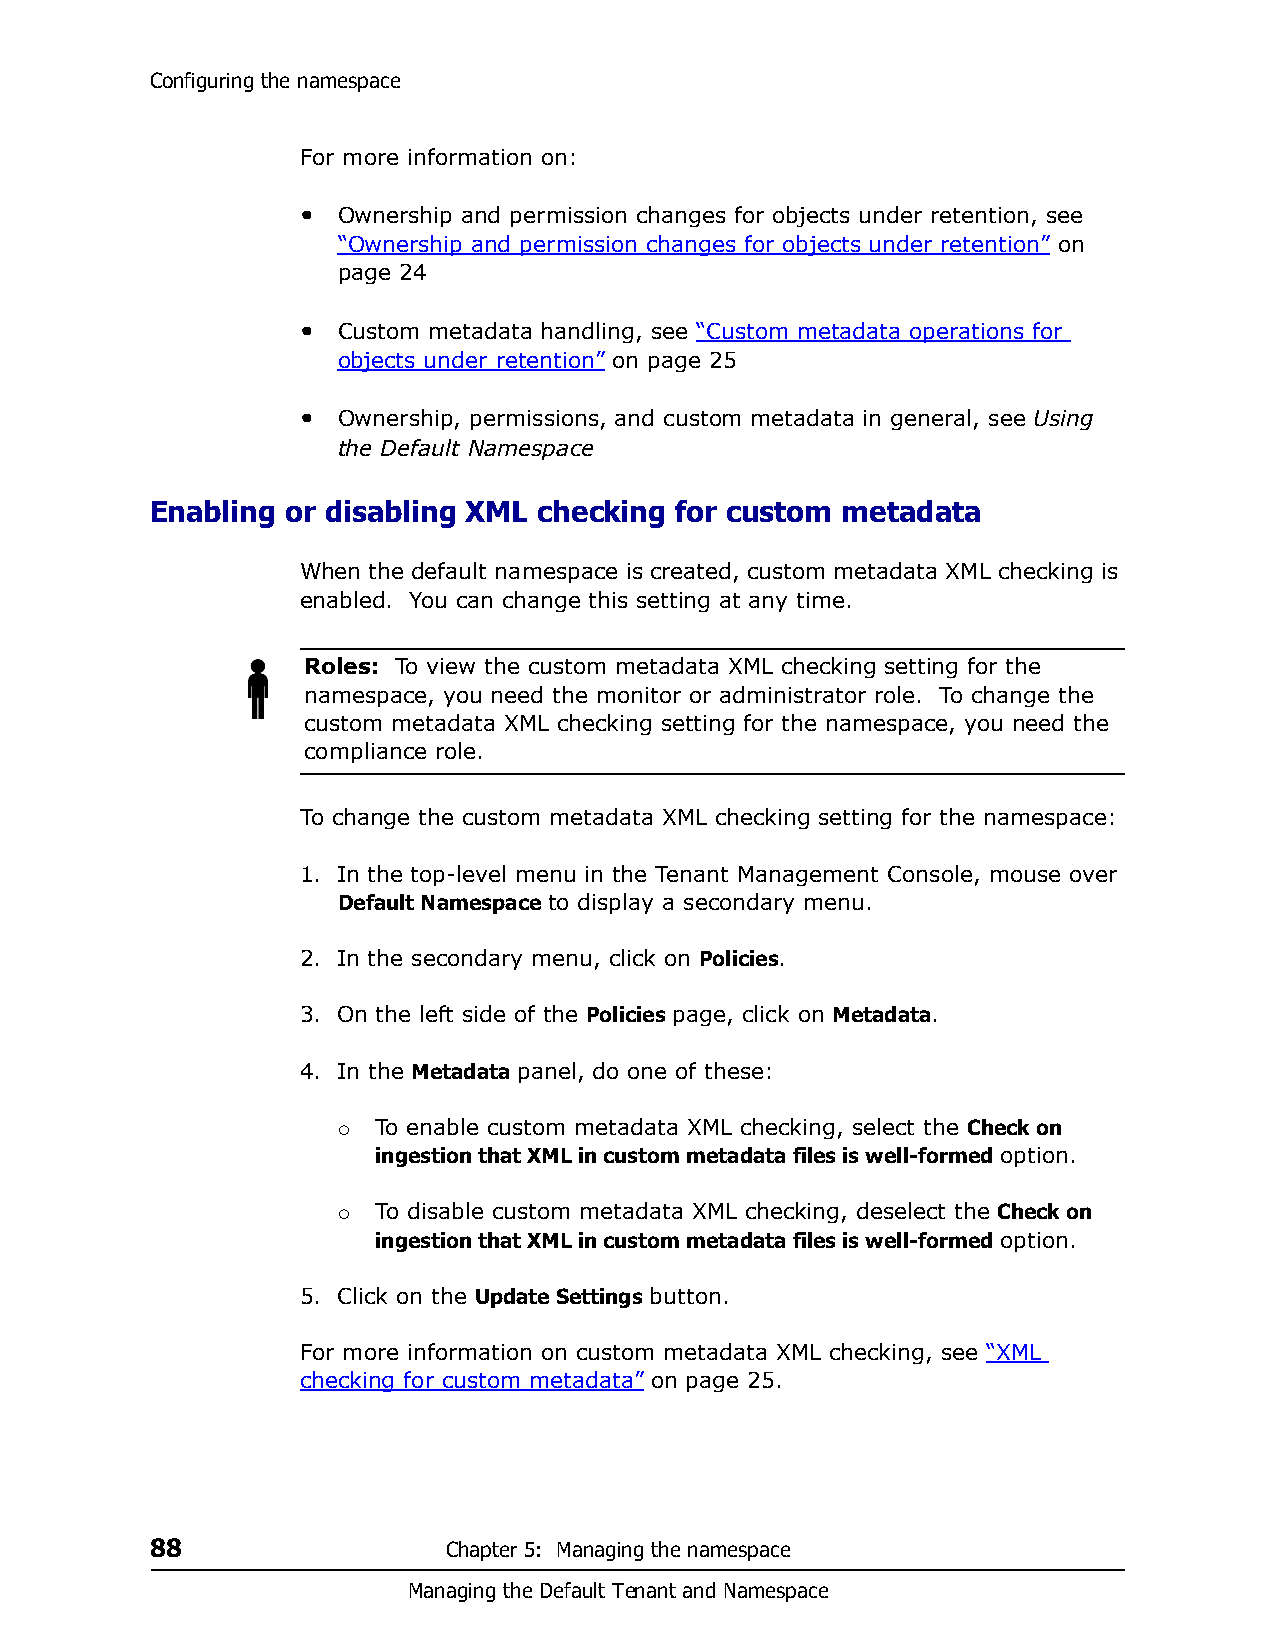
Configuring the namespace
 For more information on:
 • Ownership and permission changes for objects under retention, see
 “Ownership and permission changes for objects under retention” on
 page 24
 • Custom metadata handling, see “Custom metadata operations for
 objects under retention” on page 25
 • Ownership, permissions, and custom metadata in general, see Using
 the Default Namespace
 Enabling or disabling XML checking for custom metadata
 When the default namespace is created, custom metadata XML checking is
 enabled. You can change this setting at any time.
 Roles: To view the custom metadata XML checking setting for the
 namespace, you need the monitor or administrator role. To change the
 custom metadata XML checking setting for the namespace, you need the
 compliance role.
 To change the custom metadata XML checking setting for the namespace:
 1. In the top-level menu in the Tenant Management Console, mouse over
 Default Namespace to display a secondary menu.
 2. In the secondary menu, click on Policies.
 3. On the left side of the Policies page, click on Metadata.
 4. In the Metadata panel, do one of these:
   To enable custom metadata XML checking, select the Check on
 ingestion that XML in custom metadata files is well-formed option.
   To disable custom metadata XML checking, deselect the Check on
 ingestion that XML in custom metadata files is well-formed option.
 5. Click on the Update Settings button.
 For more information on custom metadata XML checking, see “XML
 checking for custom metadata” on page 25.
 88                  Chapter 5: Managing the namespace
 Managing the Default Tenant and Namespace